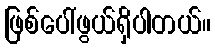
ဖြစ်ပေါ်ဖွယ်ရှိပါတယ်။